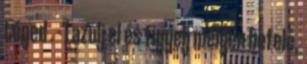
téged . - Lazulj el és figyelj mélyen befelé,